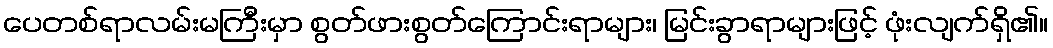
ပေတစ်ရာလမ်းမကြီးမှာ စွတ်ဖားစွတ်ကြောင်းရာများ၊ မြင်းခွာရာများဖြင့် ဖုံးလျက်ရှိ၏။